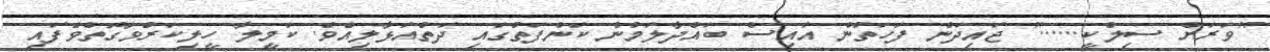
"ވަރަށް ސިލްކީ......" ޖައިދަން ފަހަތުން އައިސް ބައްދާލަމުން ކަންފަތުގައި ދަތްއަޅާލިއެވެ. ކަމީލާ ހީލިކަރުވާގޮތްވެފައި